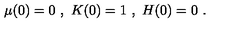
\mu ( 0 ) = 0 \ , \ K ( 0 ) = 1 \ , \ H ( 0 ) = 0 \ .